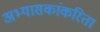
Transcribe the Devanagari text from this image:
अभ्यासकांकरिता